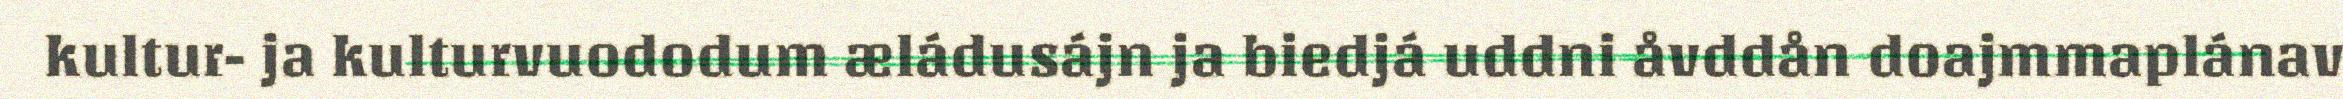
kultur- ja kulturvuododum æládusájn ja biedjá uddni åvddån doajmmaplánav